Papers set at the Examination for Leaving Certificates, 1890
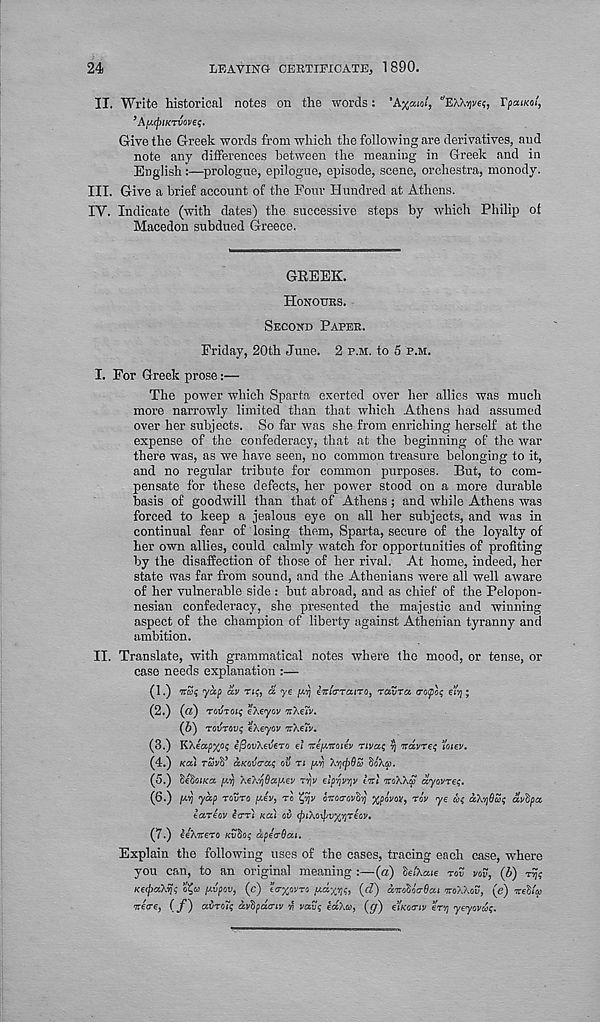
24
LEAVING CERTIFICATE, 1890.
II.
Write historical notes on the words:
’ApcpiKTiovet;.
Give the Greek words from which the following are derivatives, and
note any differences between the meaning in Greek and in
English:—prologue, epilogue, episode, scene, orchestra, monody.
III. Give a brief account of the Four Hundred at Athens.
IV. Indicate (with dates) the successive steps by which Philip of
Macedon subdued Greece.
GREEK.
HONOURS.
SECOND PAPER.
Friday, 20th June. 2 P.M. to 5 P.M.
I. For Greek prose:—
The power which Sparta exerted over her allies was much
more narrowly limited than that which Athens had assumed
over her subjects. So far was she from enriching herself at the
expense of the confederacy, that at the beginning of the war
there was, as we have seen, no common treasure belonging to it,
and no regular tribute for common purposes. But, to com-
pensate for these defects, her power stood on a more durable
basis of goodwill than that of Athens; and while Athens was
forced to keep a jealous eye on all her subjects, and was in
continual fear of losing them, Sparta, secure of the loyalty of
her own allies, could calmly watch for opportunities of profiting
by the disaffection of those of her rival. At home, indeed, her
state was far from sound, and the Athenians were all well aware
of her vulnerable side : birt abroad, and as chief of the Pelopon-
nesian confederacy, she presented the majestic and winning
aspect of the champion of liberty against Athenian tyranny and
ambition.
II. Translate, with grammatical notes where the mood, or tense, or
case needs explanation :—
(1.) TrUk yap av TK, a. ye v.’rj eTticraiTO, ravra. trcplq eivj;
(2.) (a) TOjjToif eXeyov tiXeiv.
(b) Totfnvg eXeyov irXeiV.
(3.) KXeapx<>( efiovXevero el iteyMaiev rival; rj iravres "oiev.
(4.) KCC) Tavtf aK0v<Ta.<; ov TI [AYI Xycpdv BoXa.
(5.) Betioi/ca [AYI
r^v eiprjjtfjv Ini noWa ayovreq.
(6.) pj yap TOVTO jU.€V) TO
OTTOO-OVB'/) xpovov, rov ye
aXyOcoi; auBpa
eareov ierr) KCU CV (piXoxpvx'/jTeov.
(7.) eeXneTO KVBOI; upeaQai.
Explain the following uses of the cases, tracing each case, where
you can, to an original meaning :—{a) BeiXaie rov vov, (fr)
Ke<paXyJ<;
pvpov, (c) eV%pi>T0 pd%Y)<;, (c£) diroBocrOat noXXov, (e) neBiq)
neo-e, (f) avroTc; avBpdo-iv y vavq eaXa, (^) €\'KO<TIV ery yeyovco$.